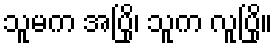
သူမက အပြို၊ သူက လူပြို။